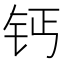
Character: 钙